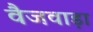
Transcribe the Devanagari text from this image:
वैजवाड़ा